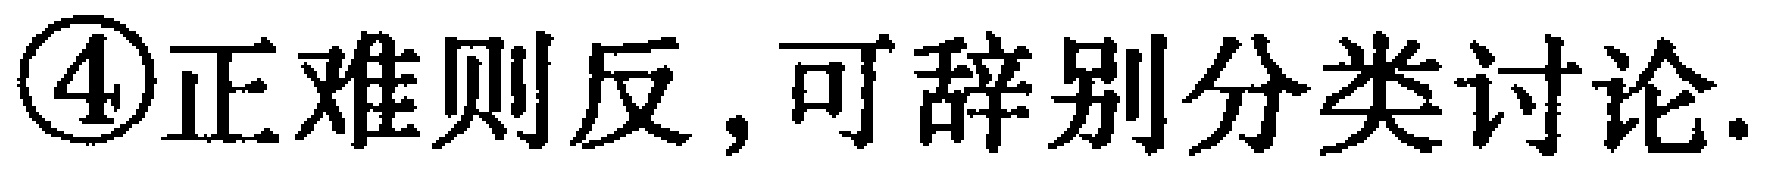
\textcircled{4}正难则反, 可辞别分类讨论.